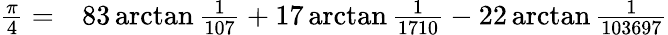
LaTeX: \begin{array}{rl}{{\frac{\pi}{4}}=}&{{}83\arctan{\frac{1}{107}}+17\arctan{\frac{1}{1710}}-22\arctan{\frac{1}{103697}}}\end{array}